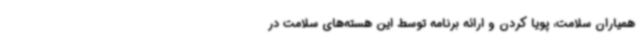
همیاران سلامت، پویا کردن و ارائه برنامه توسط این هسته‌های سلامت در